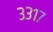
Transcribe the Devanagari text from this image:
३३१७